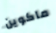
ماكوين